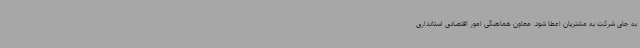
به جای شرکت به مشتریان اعطا شود. معاون هماهنگی امور اقتصادی استانداری